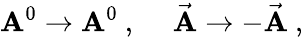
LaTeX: \mathbf{A}^{0}\rightarrow\mathbf{A}^{0}~,~~~~~\vec{{\mathbf{A}}}\rightarrow-\vec{{\mathbf{A}}}~,